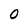
Character: 0